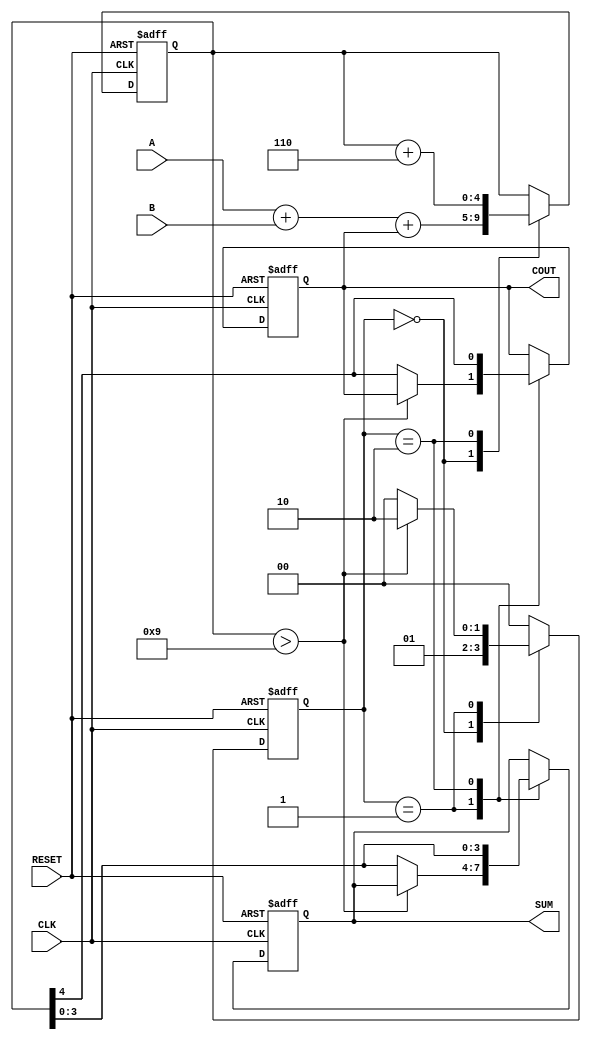
module BCD_Sequential_Adder (
    input wire [3:0] A,          // First BCD digit
    input wire [3:0] B,          // Second BCD digit
    input wire CLK,              // Clock signal
    input wire RESET,            // Asynchronous reset
    output reg [3:0] SUM,        // BCD sum output
    output reg COUT              // Carry-out signal
);

    // Internal signals
    reg [4:0] TEMP_SUM;          // 5-bit register to hold the intermediate sum
    reg [1:0] STATE;             // State register (0: idle, 1: adding, 2: adjusting)

    // State encoding
    localparam IDLE = 2'b00;
    localparam ADDING = 2'b01;
    localparam ADJUSTING = 2'b10;

    // Asynchronous reset and state machine
    always @(posedge CLK or posedge RESET) begin
        if (RESET) begin
            SUM <= 4'b0000;       // Initialize SUM to 0
            COUT <= 1'b0;         // Initialize COUT to 0
            TEMP_SUM <= 5'b00000; // Initialize TEMP_SUM to 0
            STATE <= IDLE;        // Initialize state to IDLE
        end else begin
            case (STATE)
                IDLE: begin
                    // Transition to ADDING state
                    TEMP_SUM <= A + B + COUT; // Calculate TEMP_SUM
                    STATE <= ADDING;          // Move to ADDING state
                end
                
                ADDING: begin
                    // Check if adjustment is needed
                    if (TEMP_SUM > 9) begin
                        STATE <= ADJUSTING;    // Move to ADJUSTING state
                    end else begin
                        SUM <= TEMP_SUM[3:0];  // Assign valid BCD sum
                        COUT <= TEMP_SUM[4];   // Carry-out is the 5th bit
                        STATE <= IDLE;          // Go back to IDLE state
                    end
                end
                
                ADJUSTING: begin
                    TEMP_SUM <= TEMP_SUM + 5'b00110; // Add 6 to adjust
                    SUM <= TEMP_SUM[3:0];            // Assign adjusted sum
                    COUT <= TEMP_SUM[4];             // Update COUT
                    STATE <= IDLE;                    // Go back to IDLE state
                end
                
                default: STATE <= IDLE;              // Default case to avoid latches
            endcase
        end
    end

endmodule